Report of the Lahore Medical School Hospital
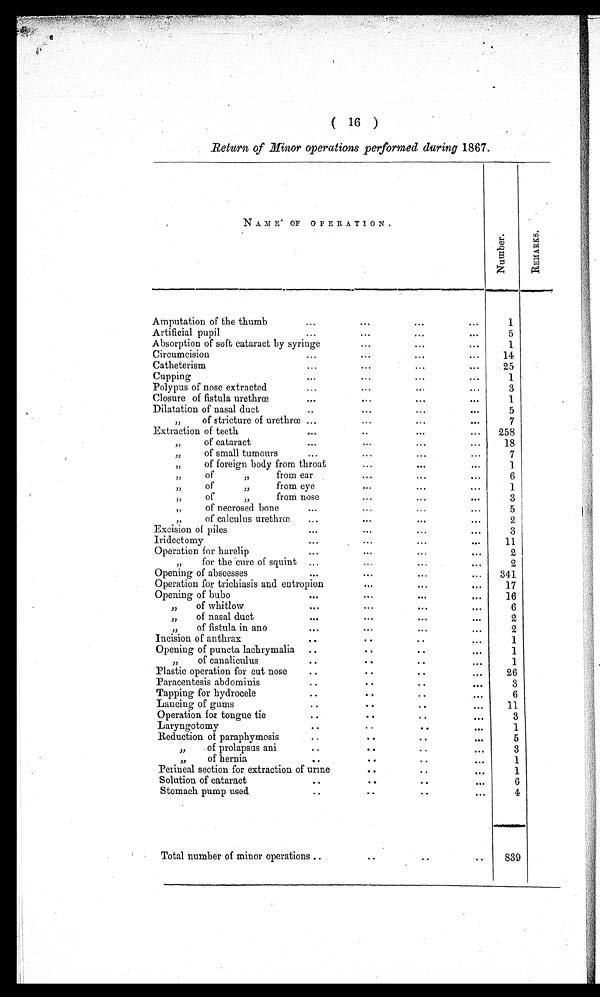
( 16 )
Return of Minor operations performed during 1867.
N A M E O F O P E R A T I O N .
N u m b e r .
R E M A R K S .
Amputation of the thumb . . .
1
Artificial pupil . . .
5
Absorption of soft cataract by syringe . . .
1
Circumcision . . .
14
Catheterism . . .
25
Cupping . . .
1
Polypus of nose extracted . . .
3
Closure of fistula urethrœ . . .
1
Dilatation of nasal duct . . .
5
" of stricture of urethrœ . . .
7
Extraction of teeth . . .
258
" of cataract . . .
18
" of small tumours
. . .
7
" of foreign body from throat . . .
1
" of " from ear . . .
6
" of "
from eye
. . .
1
" of " from nose . . .
3
" of necrosed bone . . .
5
" of calculus urethrœ . . .
2
Excision of piles . . .
3
Iridectomy . . .
11
Operation for harelip . . .
2
" for the cure of squint . . .
2
Opening of abscesses . . .
341
Operation for trichiasis and entropion . . .
17
Opening of bubo . . .
16
" of whitlow . . .
6
" of nasal duct . . .
2
" of fistula in ano
. . .
2
Incision of anthrax . . .
1
Opening of puncta lachrymalia . . .
1
" of canaliculus . . .
1
Plastic operation for cut nose . . .
26
Paracentesis abdominis . . .
3
Tapping for hydrocele . . .
6
Lancing of gums . . .
11
Operation for tongue tie . . .
3
Laryngotomy . . .
1
Reduction of paraphymosis . . .
5
" of prolapsus ani
. . .
3
" of hernia . . .
1
Perineal section for extraction of urine . . .
1
Solution of cataract . . .
6
Stomach pump used . . .
4
Total number of minor operations . . .
839